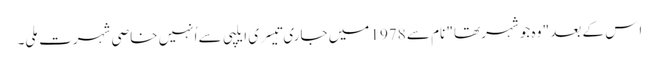
اِس کے بعد " وہ جو شہر تھا" نام سے 1978 میں جاری تِیسری ایلپی سے اُنہیں خاصی شہرت مِلی۔